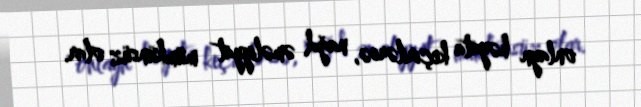
onlayn həyata keçirilərsə, nağd əməliyyat mümkünsüz olar.